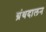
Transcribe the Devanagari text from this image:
ग्रंथदालन